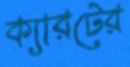
ক্যারটের